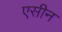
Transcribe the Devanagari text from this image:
एसीन